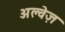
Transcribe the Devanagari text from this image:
अल्वेज़